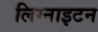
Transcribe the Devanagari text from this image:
लिग्नाइटन